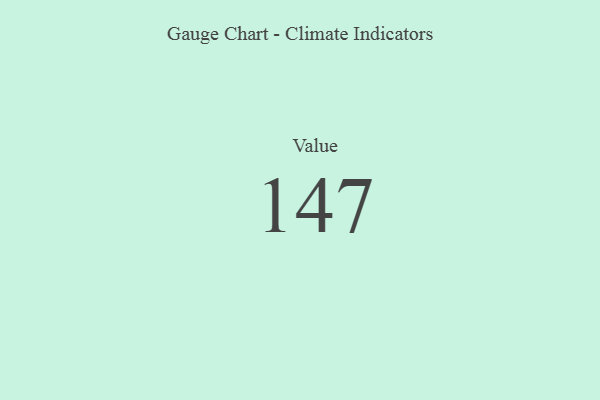
{"axis": {"x": "Metric", "y": "Value"}, "legend": [""], "data": [{"x": "Value", "y": 147, "type": ""}]}